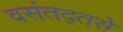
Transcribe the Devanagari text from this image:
वसंतद्तसे